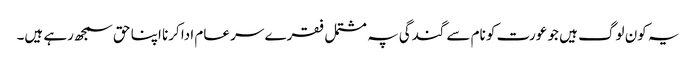
یہ کون لوگ ہیں جو عورت کو نام سے گندگی پہ مشتمل فقرے سر عام ادا کرنا اپنا حق سمجھ رہے ہیں۔